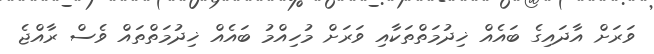
ވަރަށް އާދައިގެ ބައެއް ޚިދުމަތްތަކާއި ވަރަށް މުހިއްމު ބައެއް ޚިދުމަތްތައް ވެސް ރާއްޖެ